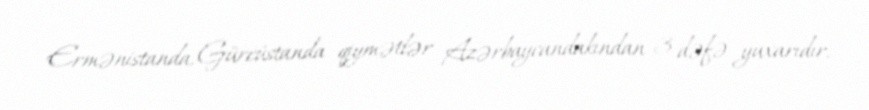
Ermənistanda, Gürcüstanda qiymətlər Azərbaycandakından 3 dəfə yuxarıdır.